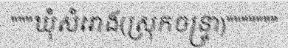
"""ឃុំសំរោង(ស្រុកចន្ទ្រា)"""""""